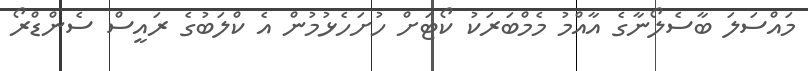
މައްސަލަ ބާސެލޯނާގެ އާއްމު މެމްބަރަކު ކޯޓަށް ހުށަހެޅުމުން އެ ކްލަބުގެ ރައީސް ސެންޑްރޯ